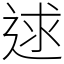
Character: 逑